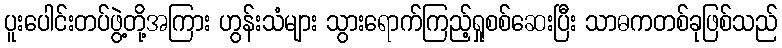
ပူးပေါင်းတပ်ဖွဲ့တို့အကြား ဟွန်းသံများ သွားရောက်ကြည့်ရှုစစ်ဆေးပြီး သာဓကတစ်ခုဖြစ်သည်